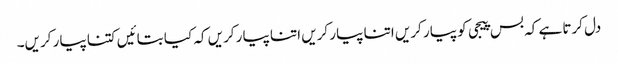
دل کرتا ہے کہ بس پیجی کو پیار کریں اتنا پیار کریں اتنا پیار کریں کہ کیا بتائیں کتنا پیار کریں۔